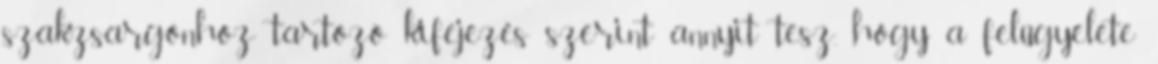
szakzsargonhoz tartozó kifejezés szerint annyit tesz, hogy a felügyelete